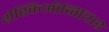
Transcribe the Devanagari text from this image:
थ्रेस्किऑर्निथिडे